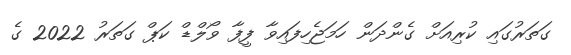
ގަތަރުގައި ކުރިއަށް ގެންދަން ހަމަޖެހިފައިވާ ފީފާ ވޯލްޑް ކަޕް ގަތަރު 2022 ގެ